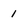
Character: 1